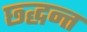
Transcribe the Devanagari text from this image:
छ्द्धन्त